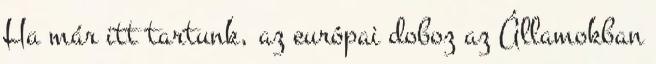
Ha már itt tartunk, az európai doboz az Államokban